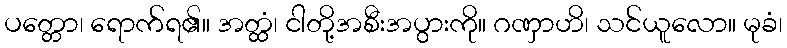
ပတ္တော၊ ရောက်ရ၏။ အတ္ထံ၊ ငါတို့အစီးအပွားကို။ ဂဏှာဟိ၊ သင်ယူလော။ မုခံ၊